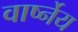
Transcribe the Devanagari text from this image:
वार्ष्नेय